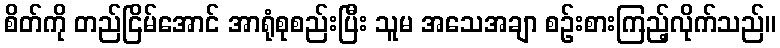
စိတ်ကို တည်ငြိမ်အောင် အာရုံစုစည်းပြီး သူမ အသေအချာ စဉ်းစားကြည့်လိုက်သည်။